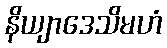
နိယျာဒေသိမဟံ